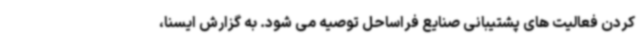
کردن فعالیت های پشتیبانی صنایع فراساحل توصیه می شود. به گزارش ایسنا،